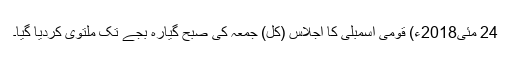
24 مئی2018ء) قومی اسمبلی کا اجلاس (کل) جمعہ کی صبح گیارہ بجے تک ملتوی کردیا گیا۔